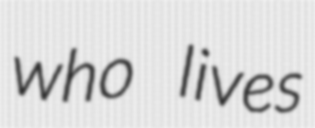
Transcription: who lives